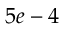
5 e - 4